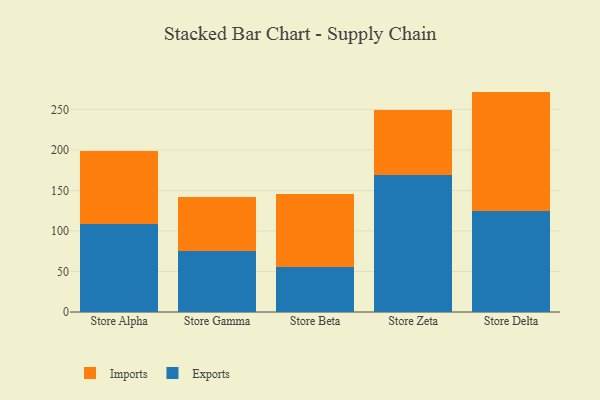
{"axis": {"x": "Store", "y": "Humidity (%)"}, "legend": ["Exports", "Imports"], "data": [{"x": "Store Alpha", "y": 108.9, "type": "Exports"}, {"x": "Store Alpha", "y": 90.2, "type": "Imports"}, {"x": "Store Gamma", "y": 75.9, "type": "Exports"}, {"x": "Store Gamma", "y": 66.6, "type": "Imports"}, {"x": "Store Beta", "y": 55.5, "type": "Exports"}, {"x": "Store Beta", "y": 90.4, "type": "Imports"}, {"x": "Store Zeta", "y": 169.5, "type": "Exports"}, {"x": "Store Zeta", "y": 80.3, "type": "Imports"}, {"x": "Store Delta", "y": 125.3, "type": "Exports"}, {"x": "Store Delta", "y": 146.8, "type": "Imports"}]}